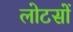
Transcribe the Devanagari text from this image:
लोटसों